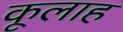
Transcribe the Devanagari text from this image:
कूलाह